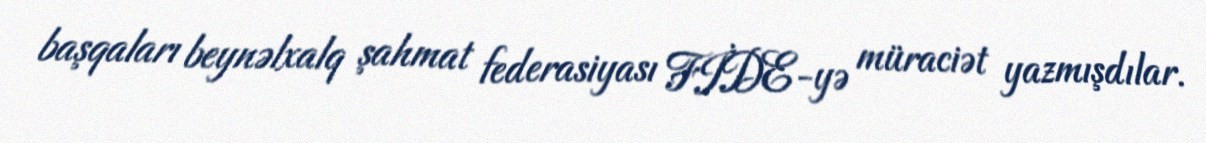
başqaları beynəlxalq şahmat federasiyası FİDE-yə müraciət yazmışdılar.